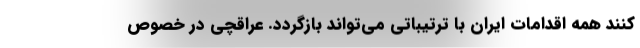
کنند همه اقدامات ایران با ترتیباتی می‌تواند بازگردد. عراقچی در خصوص